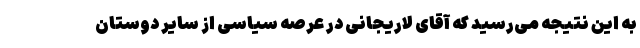
به این نتیجه می‌رسید که آقای لاریجانی در عرصه سیاسی از سایر دوستان